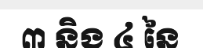
៣ និង ៤ នៃ